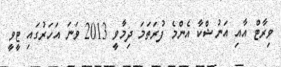
ވިރާޓް އާއި އަނުޝްކާ އެންމެ ފުރަތަމަ ދިމާވީ 2013 ވަނަ އަހަރުގައި ޓީވީ